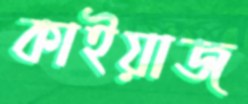
কাইয়াজ